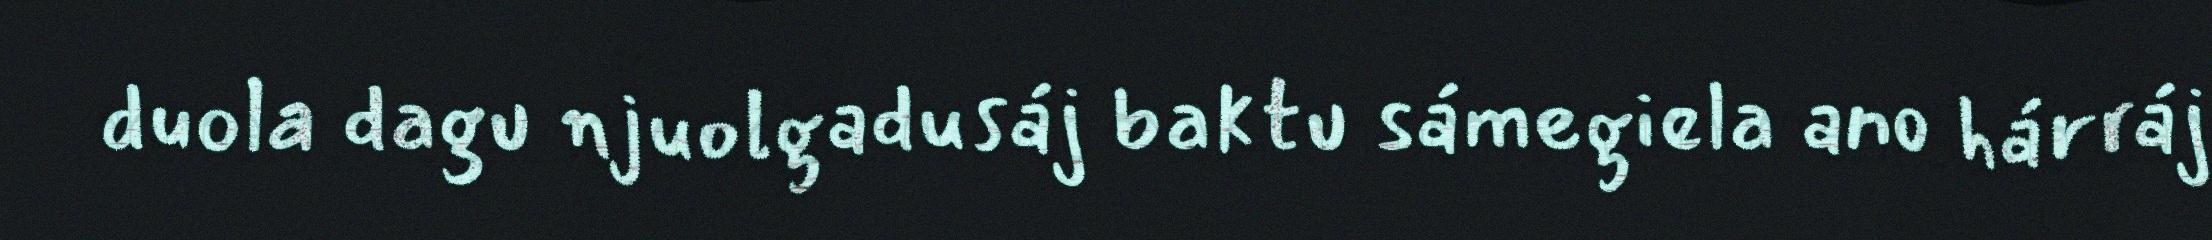
duola dagu njuolgadusáj baktu sámegiela ano hárráj